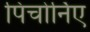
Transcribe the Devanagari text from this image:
पिचोर्निए